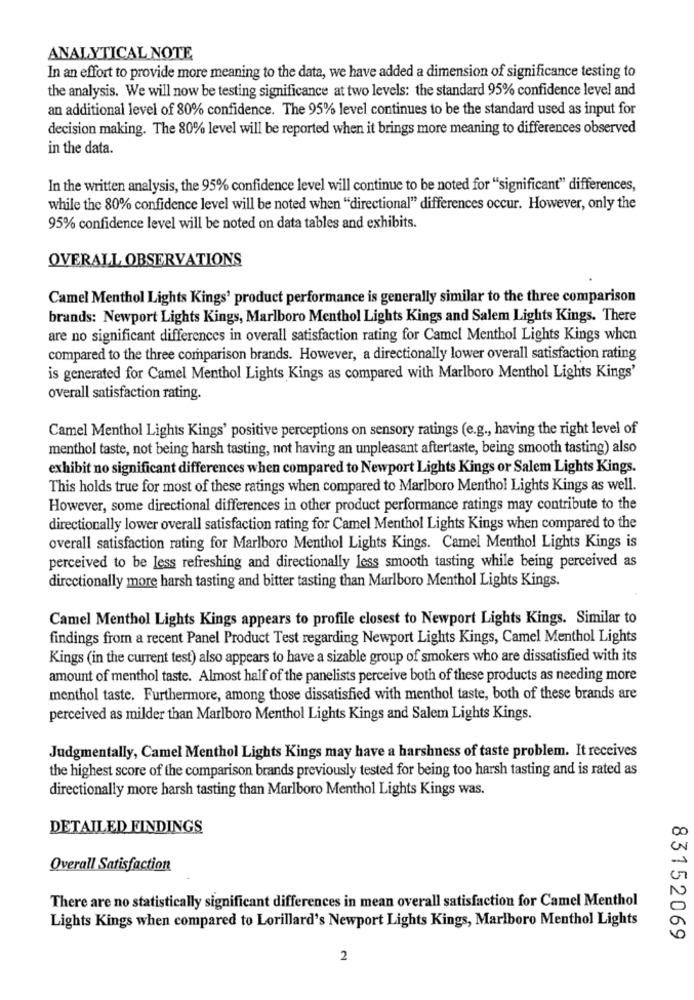
ANALYTICAL NOTE
In an effort to provide more meaning to the data, we have added a dimension of significance testing to
the analysis. We will now be testing significance at two levels: the standard 95% confidence level and
an additional level of 80% confidence. The 95% level continues to be the standard used as input for
decision making. The 80% level will be reported when it brings more meaning to differences observed
in the data.
In the written analysis, the 95% confidence level will continue to be noted for "significant" differences,
while the 80% confidence level will be noted when "directional" differences occur. However, only the
95% confidence level will be noted on data tables and exhibits.
OVERALL OBSERVATIONS
Camel Menthol Lights Kings' product performance is generally similar to the three comparison
brands: Newport Lights Kings, Marlboro Menthol Lights Kings and Salem Lights Kings. There
are no significant differences in overall satisfaction rating for Camel Menthol Lights Kings when
compared to the three comparison brands. However, a directionally lower overall satisfaction rating
is generated for Camel Menthol Lights Kings as compared with Marlboro Menthol Lights Kings'
overall satisfaction rating.
Camel Menthol Lights Kings' positive perceptions on sensory ratings (e.g ., having the right level of
menthol taste, not being harsh tasting, not having an unpleasant aftertaste, being smooth tasting) also
exhibit no significant differences when compared to Newport Lights Kings or Salem Lights Kings.
This holds true for most of these ratings when compared to Marlboro Menthol Lights Kings as well.
However, some directional differences in other product performance ratings may contribute to the
directionally lower overall satisfaction rating for Camel Menthol Lights Kings when compared to the
overall satisfaction rating for Marlboro Menthol Lights Kings. Camel Menthol Lights Kings is
perceived to be less refreshing and directionally less smooth tasting while being perceived as
directionally more harsh tasting and bitter tasting than Marlboro Menthol Lights Kings.
Camel Menthol Lights Kings appears to profile closest to Newport Lights Kings. Similar to
findings from a recent Panel Product Test regarding Newport Lights Kings, Camel Menthol Lights
Kings (in the current test) also appears to have a sizable group of smokers who are dissatisfied with its
amount of menthol taste. Almost half of the panelists perceive both of these products as needing more
menthol taste. Furthermore, among those dissatisfied with menthol taste, both of these brands are
perceived as milder than Marlboro Menthol Lights Kings and Salem Lights Kings.
Judgmentally, Camel Menthol Lights Kings may have a harshness of taste problem. It receives
the highest score of the comparison brands previously tested for being too harsh tasting and is rated as
directionally more harsh tasting than Marlboro Menthol Lights Kings was.
DETAILED FINDINGS
Overall Satisfaction
There are no statistically significant differences in mean overall satisfaction for Camel Menthol
Lights Kings when compared to Lorillard's Newport Lights Kings, Marlboro Menthol Lights
83152069
2